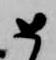
如